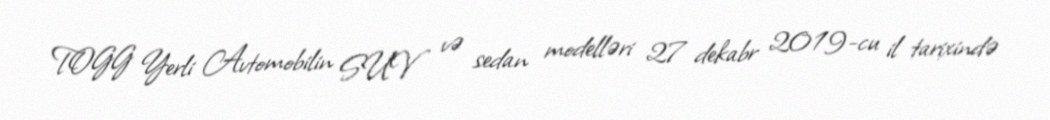
TOGG Yerli Avtomobilin SUV və sedan modelləri 27 dekabr 2019-cu il tarixində